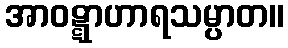
အာဝဋ္ဋာဟာရသမ္ပာတ။